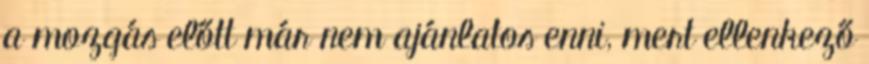
a mozgás előtt már nem ajánlatos enni, mert ellenkező